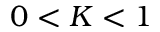
0 < K < 1